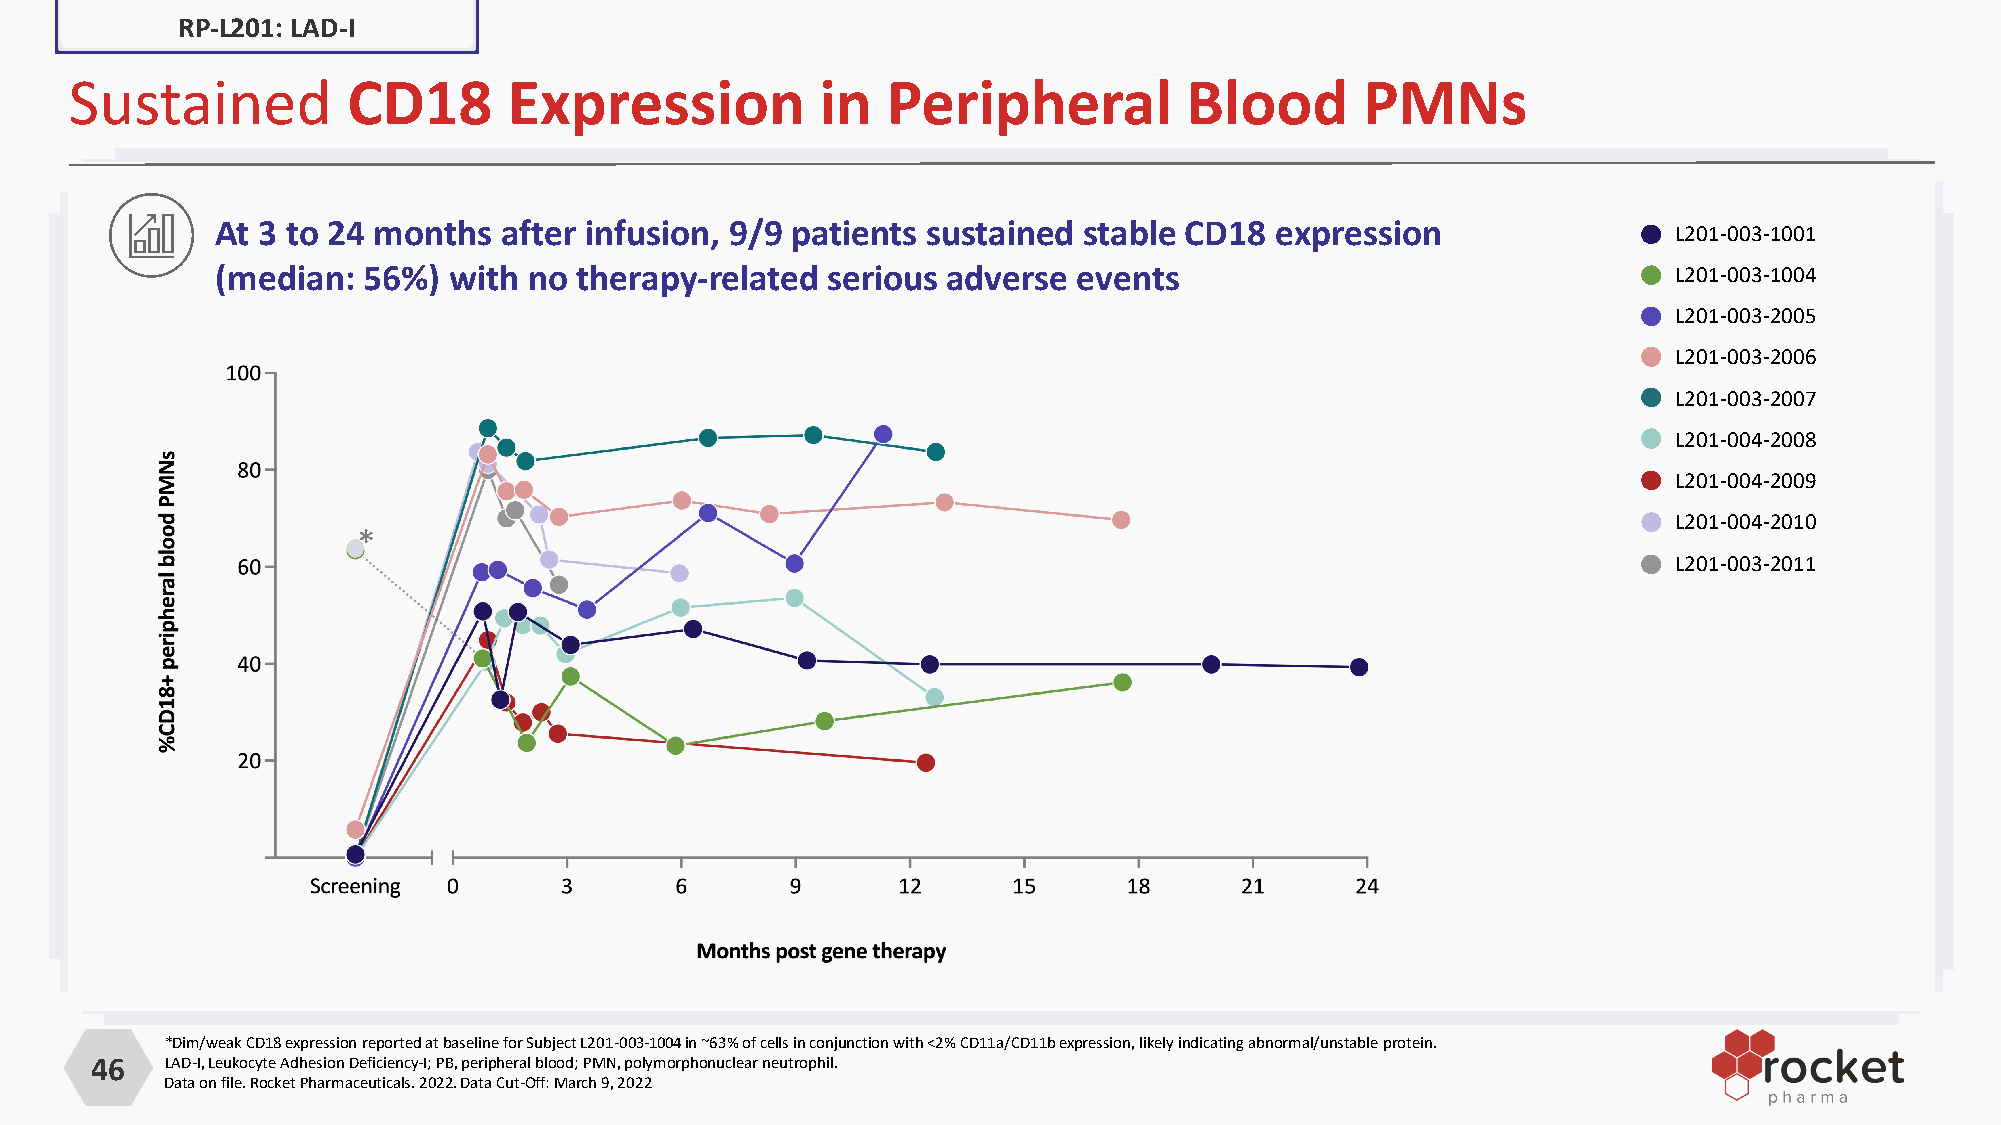
RP-L201: LAD-I
 Sustained         CD18       Expression          in   Peripheral          Blood      PMNs
 At 3 to 24 months  after infusion, 9/9 patients sustained stable CD18 expression                 L201-003-1001
 (median:  56%)  with no therapy-related  serious adverse events                                  L201-003-1004
 L201-003-2005
 L201-003-2006
 L201-003-2007
 L201-004-2008
 L201-004-2009
 L201-004-2010
 *
 L201-003-2011
 *Dim/weak CD18 expression reported at baseline for Subject L201-003-1004 in ~63% of cells in conjunction with <2% CD11a/CD11b expression, likely indicating abnormal/unstable protein.
 46   LAD-I, Leukocyte Adhesion Deficiency-I; PB, peripheral blood; PMN, polymorphonuclear neutrophil.
 Data on file. Rocket Pharmaceuticals. 2022. Data Cut-Off: March 9, 2022